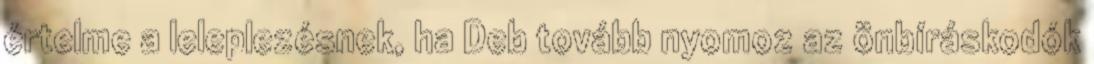
értelme a leleplezésnek, ha Deb tovább nyomoz az önbíráskodók